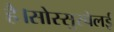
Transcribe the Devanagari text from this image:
है।सोस्सुस्वेलई